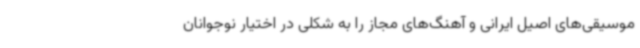
موسیقی‌های اصیل ایرانی و آهنگ‌های مجاز را به شکلی در اختیار نوجوانان